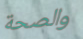
والصحة